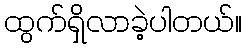
ထွက်ရှိလာခဲ့ပါတယ်။